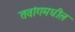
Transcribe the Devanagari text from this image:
तवांगमधील